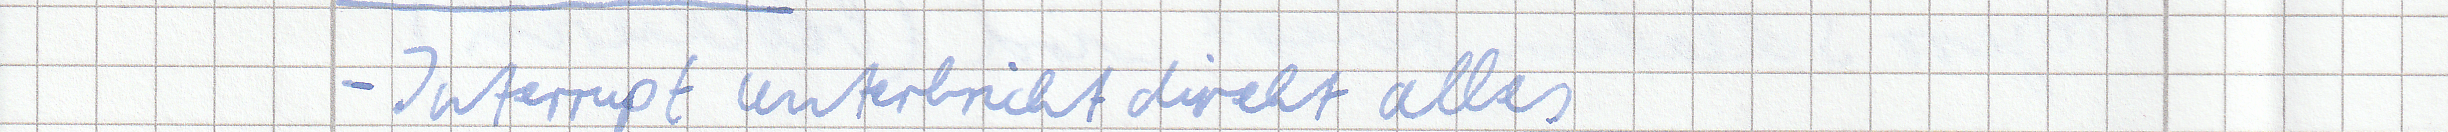
- Interrupt unterbricht direkt alles